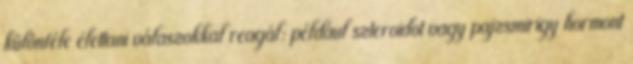
különféle élettani válaszokkal reagál: például szteroidot vagy pajzsmirigy hormont